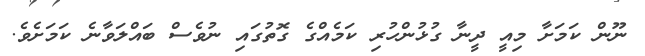
ނޫން ކަމަށާ މިއީ ދީނާ ގުޅުންހުރި ކަމެއްގެ ގޮތުގައި ނުވެސް ބައްލަވާނެ ކަމަށެވެ.